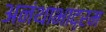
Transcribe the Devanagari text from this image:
अनंथाभाद्रम